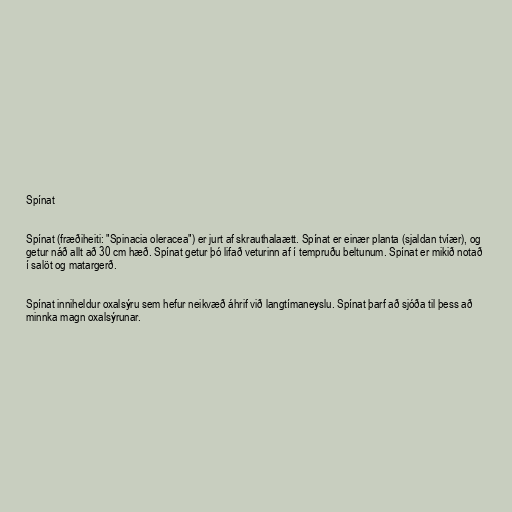
Spínat

Spínat (fræðiheiti: "Spinacia oleracea") er jurt af skrauthalaætt. Spínat er einær planta (sjaldan tvíær), og
getur náð allt að 30 cm hæð. Spínat getur þó lifað veturinn af í tempruðu beltunum. Spínat er mikið notað
í salöt og matargerð.

Spínat inniheldur oxalsýru sem hefur neikvæð áhrif við langtímaneyslu. Spínat þarf að sjóða til þess að
minnka magn oxalsýrunar.